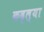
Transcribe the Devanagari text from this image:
कढ्ल्या